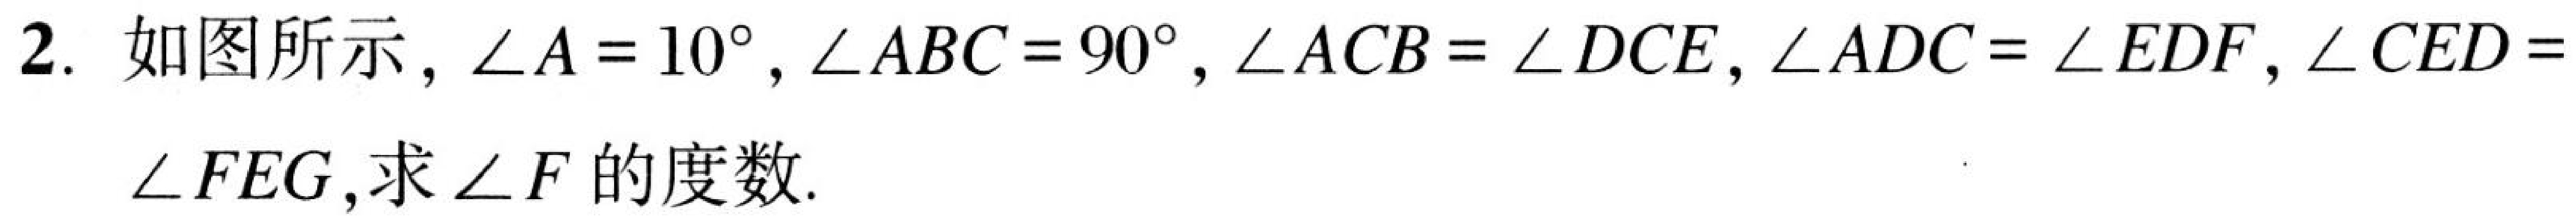
2. 如图所示，\(\angle A = 10^{\circ}\)，\(\angle ABC = 90^{\circ}\)，\(\angle ACB=\angle DCE\)，\(\angle ADC = \angle EDF\)，\(\angle CED=\)
\(\angle FEG\)，求\(\angle F\)的度数.